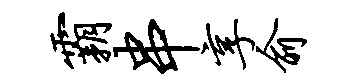
霸串享俞